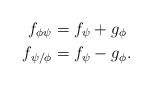
\begin{align*}f_{\phi\psi} &= f_\psi + g_\phi\\f_{\psi/\phi} &= f_\psi - g_\phi.\end{align*}